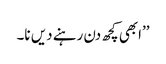
’’ابھی کچھ دن رہنے دیں نا۔